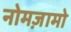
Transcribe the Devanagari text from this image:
नोमज़ामो